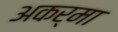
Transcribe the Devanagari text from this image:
अकर्मा